Report of the Indian Hemp Drugs Commission, 1894-1895 - Volume I
Year: 1894
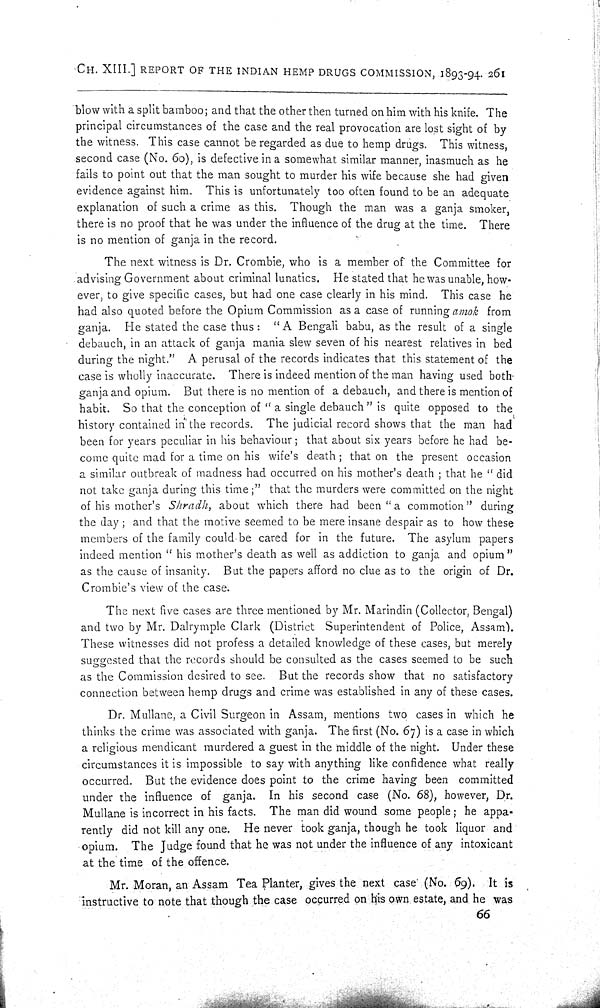
CH. XIII.] REPORT OF THE INDIAN HEMP DRUGS COMMISSION, 1893-94. 261
blow with a split bamboo; and that the other then turned on him with his knife. The
principal circumstances of the case and the real provocation are lost sight of by
the witness. This case cannot be regarded as due to hemp drugs. This witness,
second case (No. 60), is defective in a somewhat similar manner, inasmuch as he
fails to point out that the man sought to murder his wife because she had given
evidence against him. This is unfortunately too often found to be an adequate
explanation of such a crime as this. Though the man was a ganja smoker,
there is no proof that he was under the influence of the drug at the time. There
is no mention of ganja in the record.
The next witness is Dr. Crombie, who is a member of the Committee for
advising Government about criminal lunatics. He stated that he was unable, how-
ever, to give specific cases, but had one case clearly in his mind. This case he
had also quoted before the Opium Commission as a case of running amok from
ganja. He stated the case thus: "A Bengali babu, as the result of a single
debauch, in an attack of ganja mania slew seven of his nearest relatives in bed
during the night." A perusal of the records indicates that this statement of the
case is wholly inaccurate. There is indeed mention of the man having used both
ganja and opium. But there is no mention of a debauch, and there is mention of
habit. So that the conception of "a single debauch" is quite opposed to the
history contained in the records. The judicial record shows that the man had
been for years peculiar in his behaviour; that about six years before he had be-
come quite mad for a time on his wife's death; that on the present occasion
a similar outbreak of madness had occurred on his mother's death; that he "did
not take ganja during this time;" that the murders were committed on the night
of his mother's Shradh, about which there had been "a commotion" during
the day; and that the motive seemed to be mere insane despair as to how these
members of the family could be cared for in the future. The asylum papers
indeed mention "his mother's death as well as addiction to ganja and opium"
as the cause of insanity. But the papers afford no clue as to the origin of Dr.
Crombie's view of the case.
The next five cases are three mentioned by Mr. Marindin (Collector, Bengal)
and two by Mr. Dalrymple Clark (District Superintendent of Police, Assam).
These witnesses did not profess a detailed knowledge of these cases, but merely
suggested that the records should be consulted as the cases seemed to be such
as the Commission desired to see. But the records show that no satisfactory
connection between hemp drugs and crime was established in any of these cases.
Dr. Mullane, a Civil Surgeon in Assam, mentions two cases in which he
thinks the crime was associated with ganja. The first (No. 67) is a case in which
a religious mendicant murdered a guest in the middle of the night. Under these
circumstances it is impossible to say with anything like confidence what really
occurred. But the evidence does point to the crime having been committed
under the influence of ganja. In his second case (No. 68), however, Dr.
Mullane is incorrect in his facts. The man did wound some people; he appa-
rently did not kill any one. He never took ganja, though he took liquor and
opium. The Judge found that he was not under the influence of any intoxicant
at the time of the offence.
Mr. Moran, an Assam Tea Planter, gives the next case (No. 69). It is
instructive to note that though the case occurred on his own estate, and he was
66